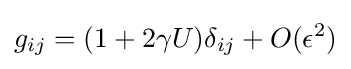
g_{ij}=(1+2\gamma U)\delta _{ij}+O(\epsilon ^{2})